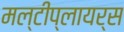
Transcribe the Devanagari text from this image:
मल्टीप्लायर्स